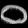
Digit: ၀